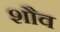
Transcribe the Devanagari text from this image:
शौव